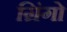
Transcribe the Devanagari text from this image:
ग्रिंगो